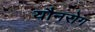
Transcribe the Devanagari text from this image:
यौनरोग